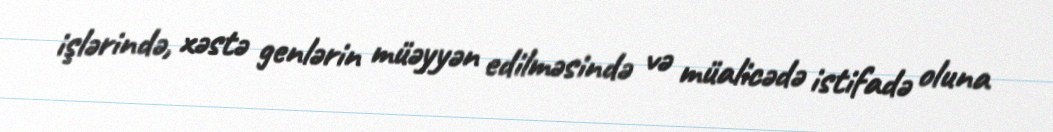
işlərində, xəstə genlərin müəyyən edilməsində və müalicədə istifadə oluna